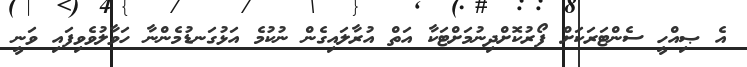
އެ ޞިއްހީ ސެންޓަރަކަށް ފޯރުކޮށްދިނުމަށްޓަކާ އަތް އުރާލައިގެން ނުކުމެ އަޅުގަނޑުމެންނާ ހަވާލުވެވިފައި ވަނީ